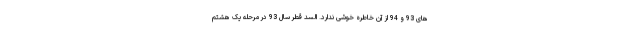
های 93 و 94 از آن خاطره خوشی ندارد. السد قطر سال 93 در مرحله یک هشتم